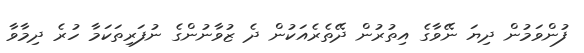
ފުންވަމުން ދިޔަ ނޭވާގެ އިތުރުން ދޭތެރެއަކުން ދެ ޒުވާނުންގެ ނުފަރިތަކަމާ ހުރެ ދިމާވާ